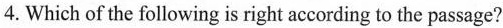
4. Which of the following is right according to the passage?